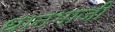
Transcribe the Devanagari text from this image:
धानभाजी